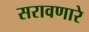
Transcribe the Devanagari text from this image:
सरावणारे